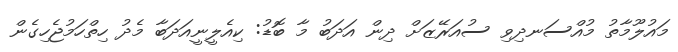
މައުލޫމާތު މުއްސަނދިވި ސުއަރޭޒަށް ދިން އަދަބު މާ ބޮޑު: ކިއެލީނީއަދަބާ މެދު ހިތްހަމުޖެހިގެން